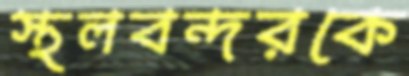
স্থলবন্দরকে